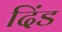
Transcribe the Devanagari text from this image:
दिंड